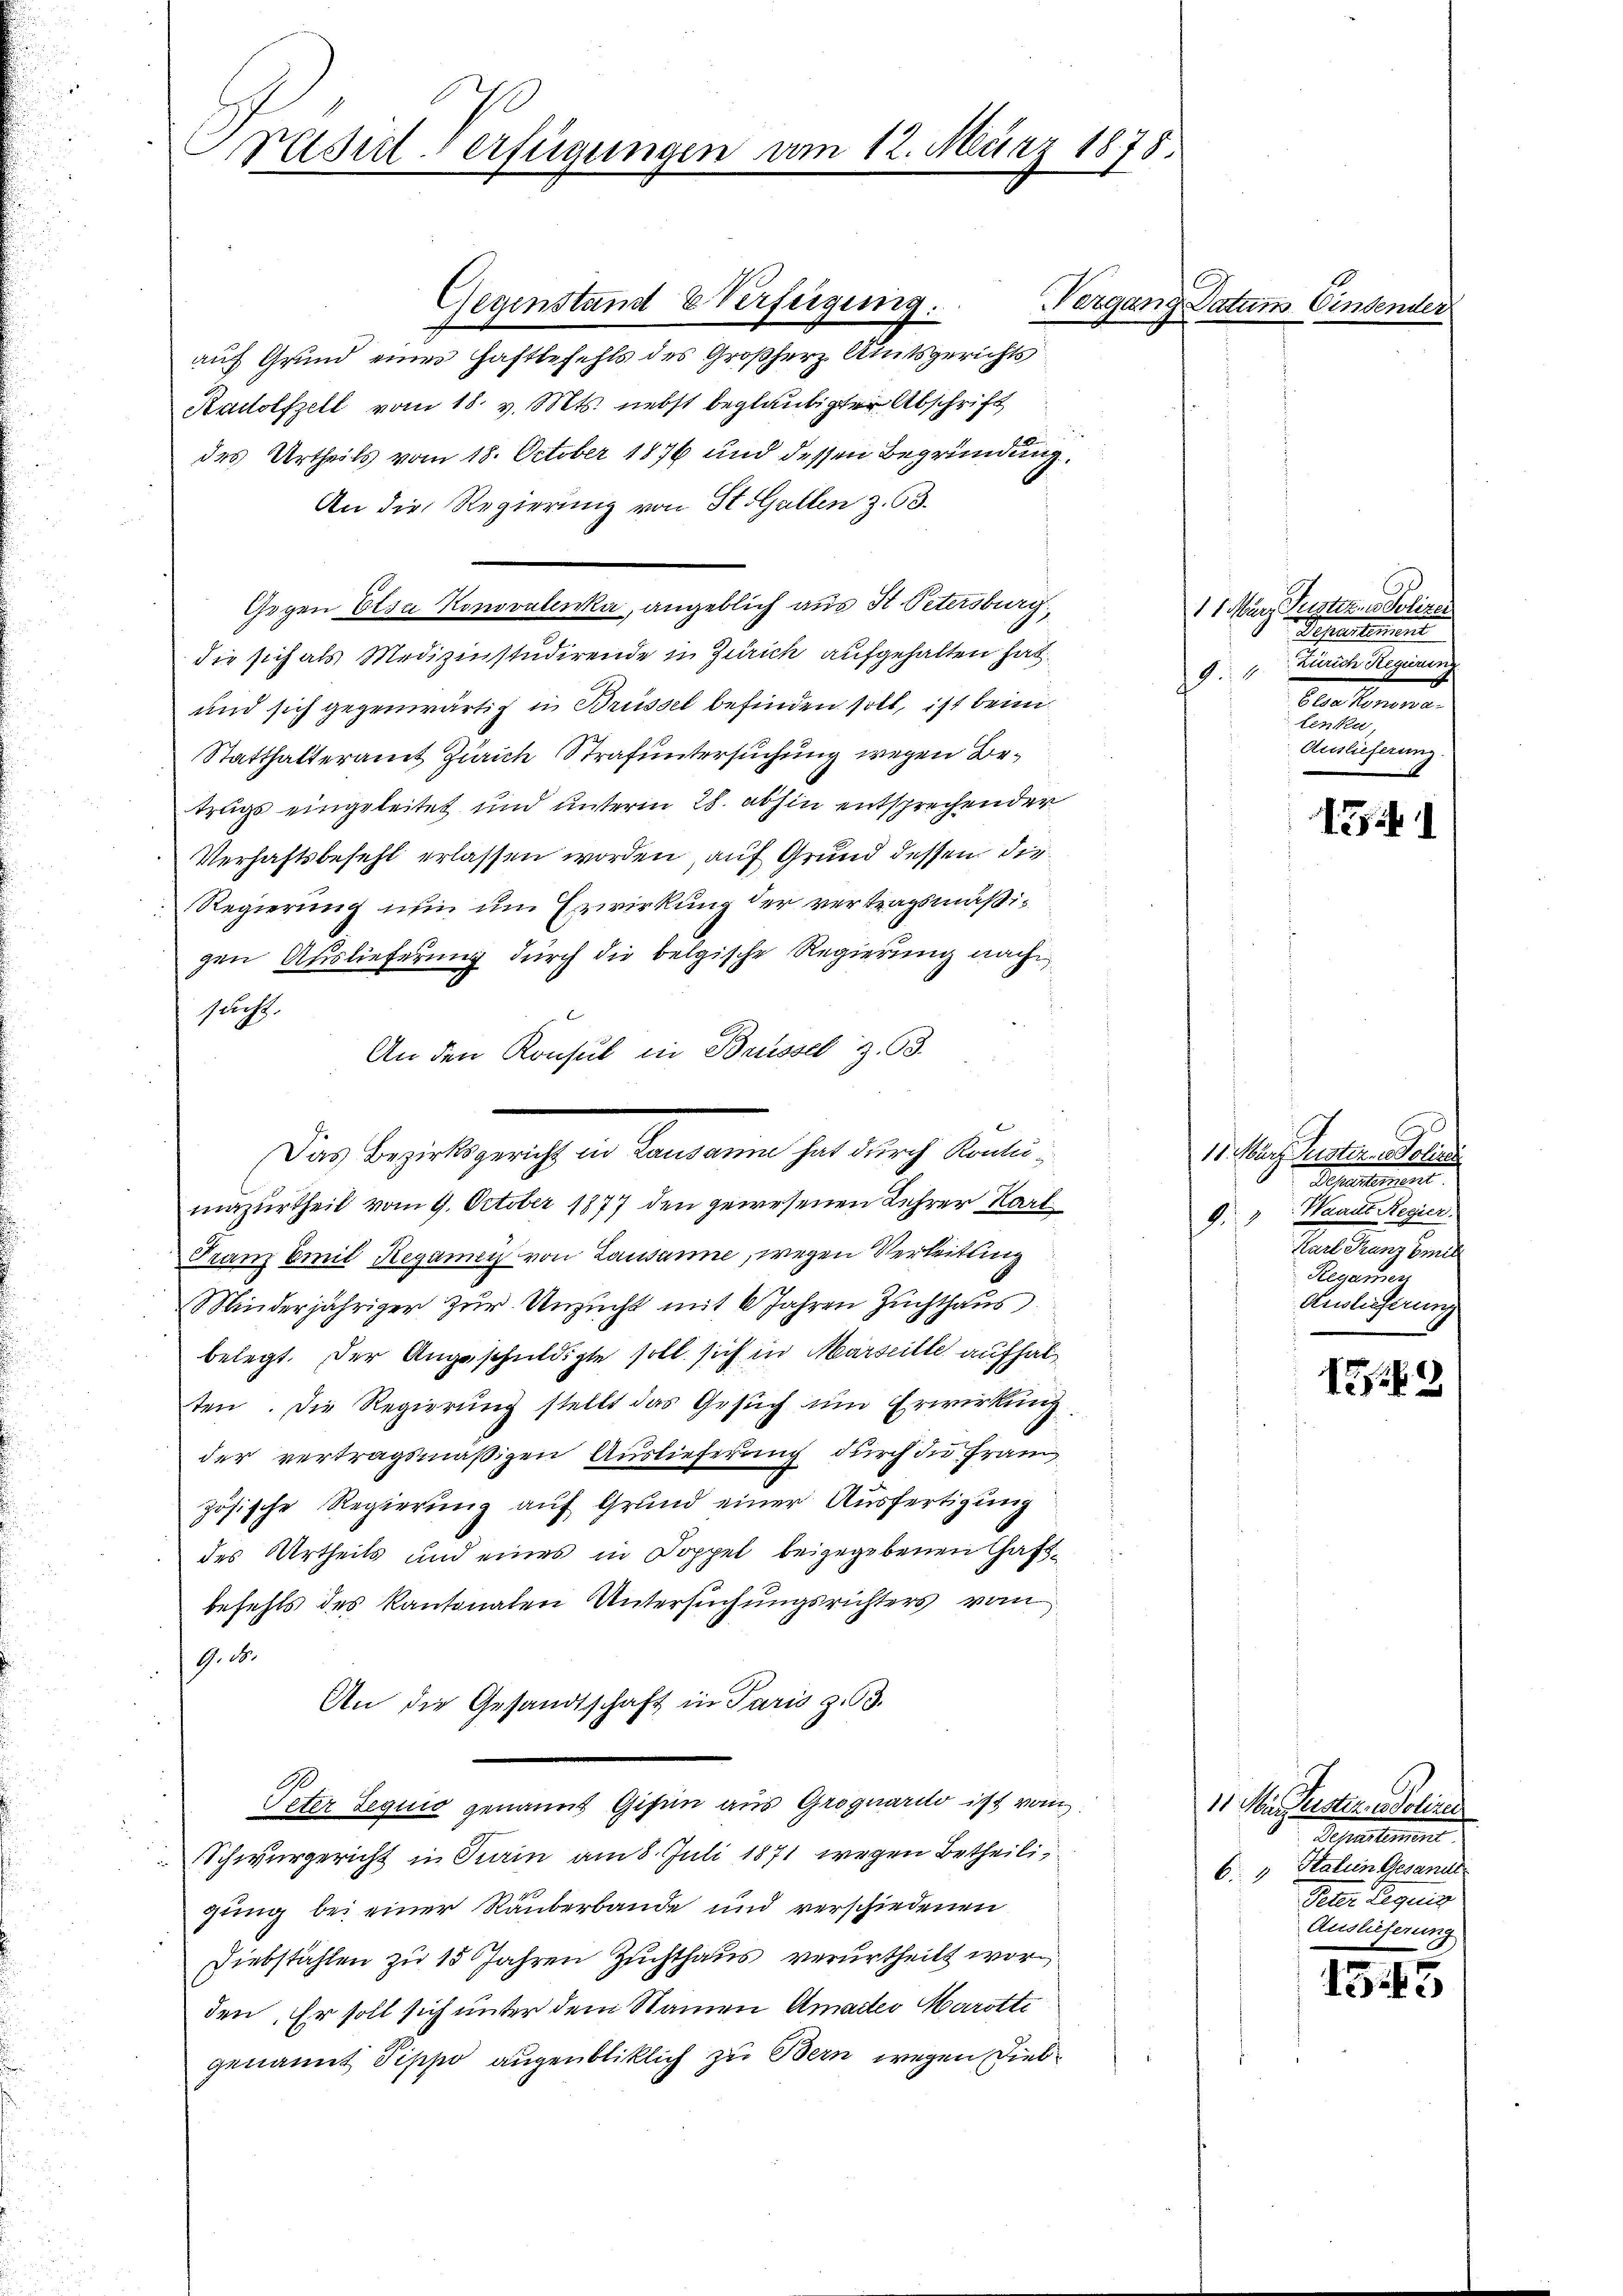
Päsid-Verfügungen am 12. März 1878.

Das Bezirksgericht in Lausanne hat durch Kontumazurtheil vom 9. October 1877 den gewesenen Lehrer Karl

Gegenstand Verfeigung.
aus Grund eines Haftbefehls des Großherz Amtsgerichts
Radolfzell vom 18. v. Mts. nebst beglaubigter Abschrift
des Urtheils vom 18. October 1876 und dessen Begründung.
An die Regierung von St. Gallen z. 63.
Gegen Elsa Konovalenka, angeblich aus St. Petersburg,
die sich als Medizinstudirende in Zürich aufgehalten hat.
und sich gegenwärtig in Brüssel befinden soll, ist beim
Statthalteramt Zürich Strafuntersuchung wegen Betrugs eingeleitet und unterm 28. abhin entsprechender
Verhaftsbefehl erlassen worden, auf Grund dessen die
Regierung nun um Erwirkung der vertragsmäßigen Auslieferung durch die belgische Regierung nach
sucht.
An den Konsul in Bessel z. 93.
Franz Emil Regamen von Lausanne, wegen Verleitung
Minderjähriger zur Unzucht mit 6 Jahren Zuchthaus
belegt. Der Angeschuldigte soll sich in Marseille aufhalten. Die Regierung stellt das Gesuch um Erwirkung
der vertragsmäßigen Auslieferung durch die Fran
zösische Regierung auf Grund einer Ausfertigung
des Urtheils und eines in Doppel beigegebenen Chaftbefehls des Kantonalen Untersuchungsrichters vom
G. 28.
An die Gesandtschaft in Paris z. 63.
Peter Sequis genannt Gisin aus Groguardo ist von
Schwurgericht in Turin am 8. Juli 1871 wegen Betheiligung bei einer Rauberbande und verschiedenen
Diebstählen zu 15 Jahren Zuchthaus verurtheilt worden. Er soll sich unter dem Namen Amades Marotti
genannt Pippo augenbliklich zu Bern wegen Dieb¬

Vergang Datums Einsender

11. März Puster in Polizei
Schulunt
Zürich Regierung
94
berkommen
tenku
Auslieferung.

17)

11. März leister Polizei
Spielesent.
Waadt Regier
1
Karl Franz beid
Regamen
Auslieferung

155

11. März erstendoliner
Semestement
b. " Stalien Gesandt
Peter Regung
Auslieferung

.
1